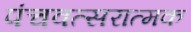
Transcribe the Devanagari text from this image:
पंचवत्सरात्मक